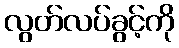
လွတ်လပ်ခွင့်ကို